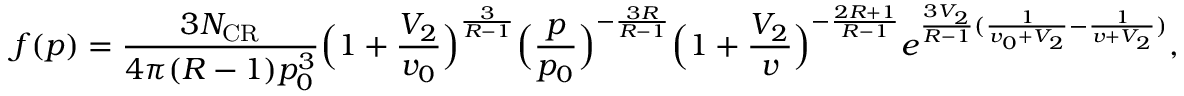
f ( p ) = \frac { 3 N _ { \mathrm { C R } } } { 4 \pi ( R - 1 ) p _ { 0 } ^ { 3 } } \Big ( 1 + \frac { V _ { 2 } } { v _ { 0 } } \Big ) ^ { \frac { 3 } { R - 1 } } \Big ( \frac { p } { p _ { 0 } } \Big ) ^ { - \frac { 3 R } { R - 1 } } \Big ( 1 + \frac { V _ { 2 } } { v } \Big ) ^ { - \frac { 2 R + 1 } { R - 1 } } e ^ { \frac { 3 V _ { 2 } } { R - 1 } ( \frac { 1 } { v _ { 0 } + V _ { 2 } } - \frac { 1 } { v + V _ { 2 } } ) } ,